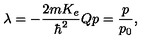
\lambda = - \frac { 2 m K _ { e } } { \hbar ^ { 2 } } { Q p } = \frac { p } { p _ { 0 } } ,